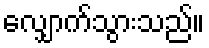
လျှောက်သွားသည်။